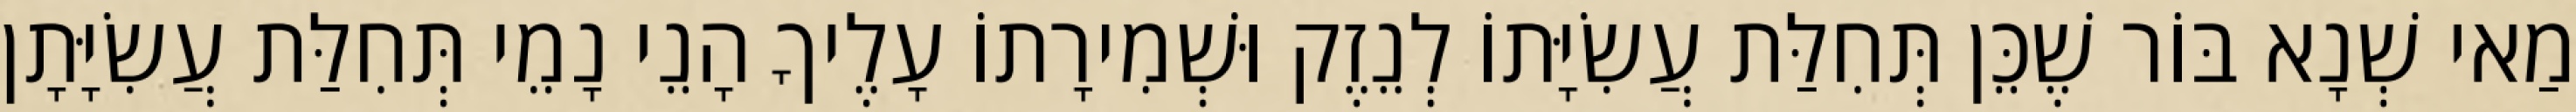
מַאי שְׁנָא בּוֹר שֶׁכֵּן תְּחִלַּת עֲשִׂיָּתוֹ לְנֵזֶק וּשְׁמִירָתוֹ עָלֶיךָ הָנֵי נָמֵי תְּחִלַּת עֲשִׂיָּתָן